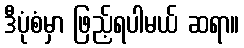
ဒီပုံစံမှာ ဖြည့်ရပါမယ် ဆရာ။